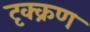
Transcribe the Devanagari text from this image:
दृक्क्रण